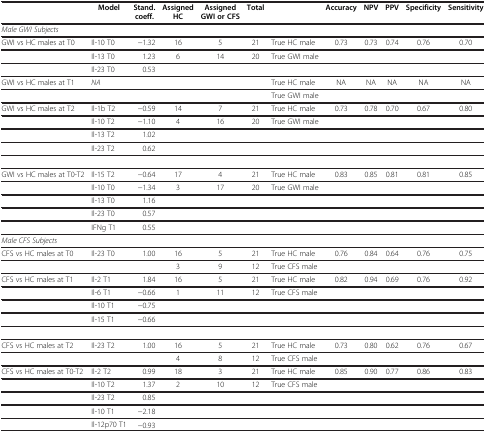
<table><thead><tr><td><b> </b></td><td><b>Model</b></td><td><b>Stand. coeff.</b></td><td><b>Assigned HC</b></td><td><b>Assigned GWI or CFS</b></td><td><b>Total</b></td><td><b> </b></td><td><b>Accuracy</b></td><td><b>NPV</b></td><td><b>PPV</b></td><td><b>Specificity</b></td><td><b>Sensitivity</b></td></tr></thead><tbody><tr><td><i>Male GWI Subjects</i></td><td> </td><td> </td><td> </td><td> </td><td> </td><td> </td><td> </td><td> </td><td> </td><td> </td><td> </td></tr><tr><td>GWI vs HC males at T0</td><td>Il-10 T0</td><td>−1.32</td><td>16</td><td>5</td><td>21</td><td>True HC male</td><td>0.73</td><td>0.73</td><td>0.74</td><td>0.76</td><td>0.70</td></tr><tr><td> </td><td>Il-13 T0</td><td>1.23</td><td>6</td><td>14</td><td>20</td><td>True GWI male</td><td> </td><td> </td><td> </td><td> </td><td> </td></tr><tr><td> </td><td>Il-23 T0</td><td>0.53</td><td> </td><td> </td><td> </td><td> </td><td> </td><td> </td><td> </td><td> </td><td> </td></tr><tr><td>GWI vs HC males at T1</td><td><i>NA</i></td><td> </td><td> </td><td> </td><td> </td><td>True HC male</td><td>NA</td><td>NA</td><td>NA</td><td>NA</td><td>NA</td></tr><tr><td> </td><td> </td><td> </td><td> </td><td> </td><td> </td><td>True GWI male</td><td> </td><td> </td><td> </td><td> </td><td> </td></tr><tr><td>GWI vs HC males at T2</td><td>Il-1b T2</td><td>−0.59</td><td>14</td><td>7</td><td>21</td><td>True HC male</td><td>0.73</td><td>0.78</td><td>0.70</td><td>0.67</td><td>0.80</td></tr><tr><td> </td><td>Il-10 T2</td><td>−1.10</td><td>4</td><td>16</td><td>20</td><td>True GWI male</td><td> </td><td> </td><td> </td><td> </td><td> </td></tr><tr><td> </td><td>Il-13 T2</td><td>1.02</td><td> </td><td> </td><td> </td><td> </td><td> </td><td> </td><td> </td><td> </td><td> </td></tr><tr><td> </td><td>Il-23 T2</td><td>0.62</td><td> </td><td> </td><td> </td><td> </td><td> </td><td> </td><td> </td><td> </td><td> </td></tr><tr><td> </td><td> </td><td> </td><td> </td><td> </td><td> </td><td> </td><td> </td><td> </td><td> </td><td> </td><td> </td></tr><tr><td>GWI vs HC males at T0-T2</td><td>Il-15 T2</td><td>−0.64</td><td>17</td><td>4</td><td>21</td><td>True HC male</td><td>0.83</td><td>0.85</td><td>0.81</td><td>0.81</td><td>0.85</td></tr><tr><td> </td><td>Il-10 T0</td><td>−1.34</td><td>3</td><td>17</td><td>20</td><td>True GWI male</td><td> </td><td> </td><td> </td><td> </td><td> </td></tr><tr><td> </td><td>Il-13 T0</td><td>1.16</td><td> </td><td> </td><td> </td><td> </td><td> </td><td> </td><td> </td><td> </td><td> </td></tr><tr><td> </td><td>Il-23 T0</td><td>0.57</td><td> </td><td> </td><td> </td><td> </td><td> </td><td> </td><td> </td><td> </td><td> </td></tr><tr><td> </td><td>IFNg T1</td><td>0.55</td><td> </td><td> </td><td> </td><td> </td><td> </td><td> </td><td> </td><td> </td><td> </td></tr><tr><td><i>Male CFS Subjects</i></td><td> </td><td> </td><td> </td><td> </td><td> </td><td> </td><td> </td><td> </td><td> </td><td> </td><td> </td></tr><tr><td>CFS vs HC males at T0</td><td>Il-23 T0</td><td>1.00</td><td>16</td><td>5</td><td>21</td><td>True HC male</td><td>0.76</td><td>0.84</td><td>0.64</td><td>0.76</td><td>0.75</td></tr><tr><td> </td><td> </td><td> </td><td>3</td><td>9</td><td>12</td><td>True CFS male</td><td> </td><td> </td><td> </td><td> </td><td> </td></tr><tr><td>CFS vs HC males at T1</td><td>Il-2 T1</td><td>1.84</td><td>16</td><td>5</td><td>21</td><td>True HC male</td><td>0.82</td><td>0.94</td><td>0.69</td><td>0.76</td><td>0.92</td></tr><tr><td> </td><td>Il-6 T1</td><td>−0.66</td><td>1</td><td>11</td><td>12</td><td>True CFS male</td><td> </td><td> </td><td> </td><td> </td><td> </td></tr><tr><td> </td><td>Il-10 T1</td><td>−0.75</td><td> </td><td> </td><td> </td><td> </td><td> </td><td> </td><td> </td><td> </td><td> </td></tr><tr><td> </td><td>Il-15 T1</td><td>−0.66</td><td> </td><td> </td><td> </td><td> </td><td> </td><td> </td><td> </td><td> </td><td> </td></tr><tr><td> </td><td> </td><td> </td><td> </td><td> </td><td> </td><td> </td><td> </td><td> </td><td> </td><td> </td><td> </td></tr><tr><td>CFS vs HC males at T2</td><td>Il-23 T2</td><td>1.00</td><td>16</td><td>5</td><td>21</td><td>True HC male</td><td>0.73</td><td>0.80</td><td>0.62</td><td>0.76</td><td>0.67</td></tr><tr><td> </td><td> </td><td> </td><td>4</td><td>8</td><td>12</td><td>True CFS male</td><td> </td><td> </td><td> </td><td> </td><td> </td></tr><tr><td>CFS vs HC males at T0-T2</td><td>Il-2 T2</td><td>0.99</td><td>18</td><td>3</td><td>21</td><td>True HC male</td><td>0.85</td><td>0.90</td><td>0.77</td><td>0.86</td><td>0.83</td></tr><tr><td> </td><td>Il-10 T2</td><td>1.37</td><td>2</td><td>10</td><td>12</td><td>True CFS male</td><td> </td><td> </td><td> </td><td> </td><td> </td></tr><tr><td> </td><td>Il-23 T2</td><td>0.85</td><td> </td><td> </td><td> </td><td> </td><td> </td><td> </td><td> </td><td> </td><td> </td></tr><tr><td> </td><td>Il-10 T1</td><td>−2.18</td><td> </td><td> </td><td> </td><td> </td><td> </td><td> </td><td> </td><td> </td><td> </td></tr><tr><td> </td><td>Il-12p70 T1</td><td>−0.93</td><td> </td><td> </td><td> </td><td> </td><td> </td><td> </td><td> </td><td> </td><td> </td></tr></tbody></table>